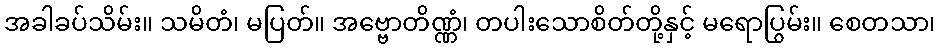
အခါခပ်သိမ်း။ သမိတံ၊ မပြတ်။ အဗ္ဗောတိဏ္ဏံ၊ တပါးသောစိတ်တို့နှင့် မရောပြွမ်း။ စေတသာ၊